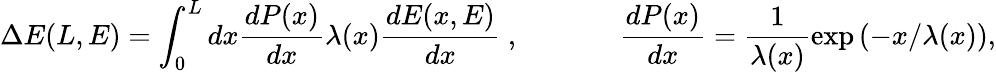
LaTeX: \Delta E(L,E)=\int_{0}^{L}dx\frac{dP(x)}{dx}\lambda(x)\frac{dE(x,E)}{dx}~,~~~~~~~~~~~~~~\frac{dP(x)}{dx}=\frac{1}{\lambda(x)}\exp{\left(-x/\lambda(x)\right)},